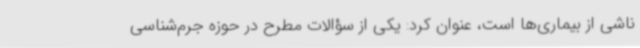
ناشی از بیماری‌ها است، عنوان کرد: یکی از سؤالات مطرح در حوزه جرم‌شناسی